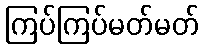
ကြပ်ကြပ်မတ်မတ်